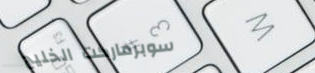
سوبرماركت الخليج